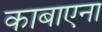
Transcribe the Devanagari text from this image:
काबाएना